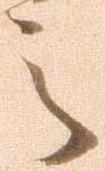
之